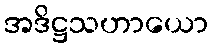
အဒိဋ္ဌသဟာယော